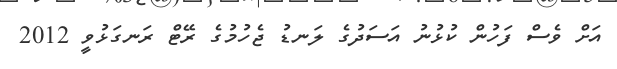
އަށް ވެސް ފަހުން ކުުޅުނު އަސަދުގެ ލަނޑު ޖެހުމުގެ ރޭޓް ރަނގަޅުވީ 2012